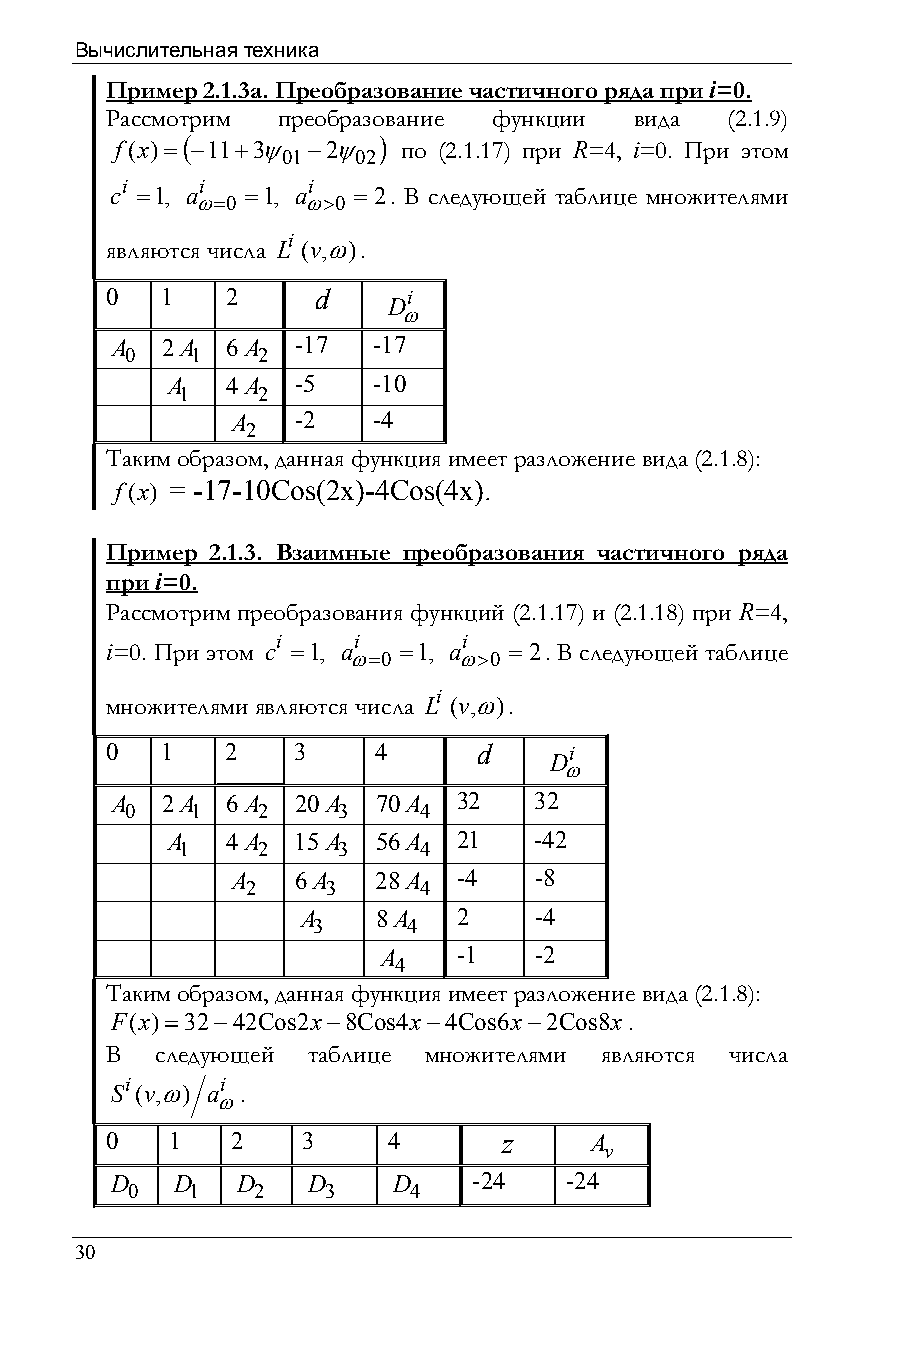
Вычислительная техника
 Пример 2.1.3а. Преобразование частичного ряда при i=0.
 Рассмотрим преобразование функции  вида  (2.1.9)
 (            )
 f(x)= −11+3ψ −2ψ   по (2.1.17) при R=4, i=0. При этом
 01   02
 i    i      i
 c =1, a  =1, a  = 2. В следующей таблице множителями
 ω=0    ω>0
 i
 являются числа L (v,ω).
 0   1   2     d    Di
 ω
 A   2A  6A  -17   -17
 0    1   2
 A   4A  -5    -10
 1    2
 A   -2    -4
 2
 Таким образом, данная функция имеет разложение вида (2.1.8):
 f(x) = -17-10Cos(2x)-4Cos(4x).
 Пример 2.1.3. Взаимные преобразования частичного ряда
 при i=0.
 Рассмотрим преобразования функций (2.1.17) и (2.1.18) при R=4,
 i    i       i
 i=0. При этом c =1, a =1, a = 2. В следующей таблице
 ω=0    ω>0
 i
 множителями являются числа L (v,ω).
 0   1   2   3     4      d   Di
 ω
 A   2A  6A  20A   70A  32   32
 0    1   2    3     4
 A   4A  15A   56A  21   -42
 1    2    3     4
 A   6A    28A  -4   -8
 2     3     4
 A    8A   2    -4
 3     4
 A    -1   -2
 4
 Таким образом, данная функция имеет разложение вида (2.1.8):
 F(x)=32−42Cos2x−8Cos4x−4Cos6x−2Cos8x.
 В  следующей таблице множителями являются числа
 i      i
 S (v,ω) a .
 ω
 0   1   2    3     4      z     A
 v
 D    D   D   D     D    -24   -24
 0    1   2   3     4
 30